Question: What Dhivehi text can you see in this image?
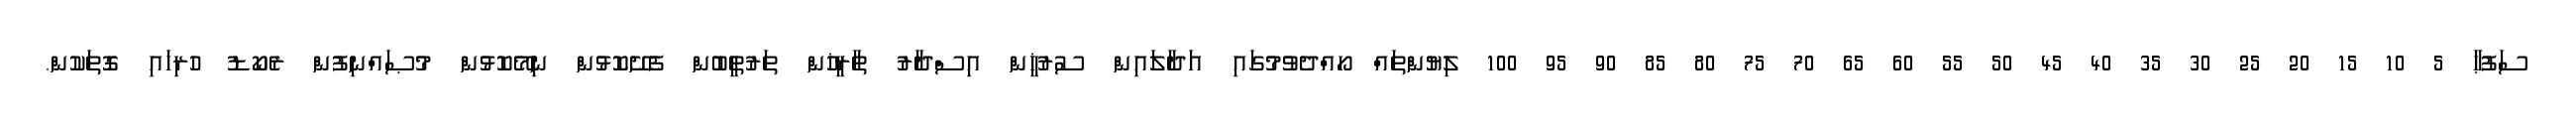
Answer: ސަފުޙާ 5 10 15 20 25 30 35 40 45 50 55 60 65 70 75 80 85 90 95 100 ލިޔުންތައް ހޯއްދެވުމުގައި އަދާލައިން ސުރުޚީން އިސްދާރު ތާރީޚުން ތަރުތީބުން ފެށޭކޮޅުން ނިމޭކޮޅުން މުޞައްނިފުން ރެކޯޑު ހުރިހައި ގޮތަކުން.